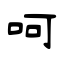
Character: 呵